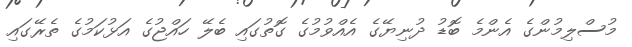
މުސްލިމުންގެ އެންމެ ބޮޑު ދުނިޔޭގެ އެއްވުމުގެ ގޮތުގައި ބެލޭ ހައްޖުގެ އަޅުކަމުގެ ތެރޭގައި